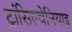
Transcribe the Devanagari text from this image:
ट्रांसिल्वेनियाई